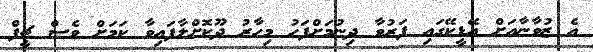
އެ ޒުވާނާއަށް އޭޑީކޭގައި ފަރުވާ ދިނުމަށްފަހު މިހާރު ދޫކޮށްލާފައިވާ ކަމަށް ވެސް ޗީފް